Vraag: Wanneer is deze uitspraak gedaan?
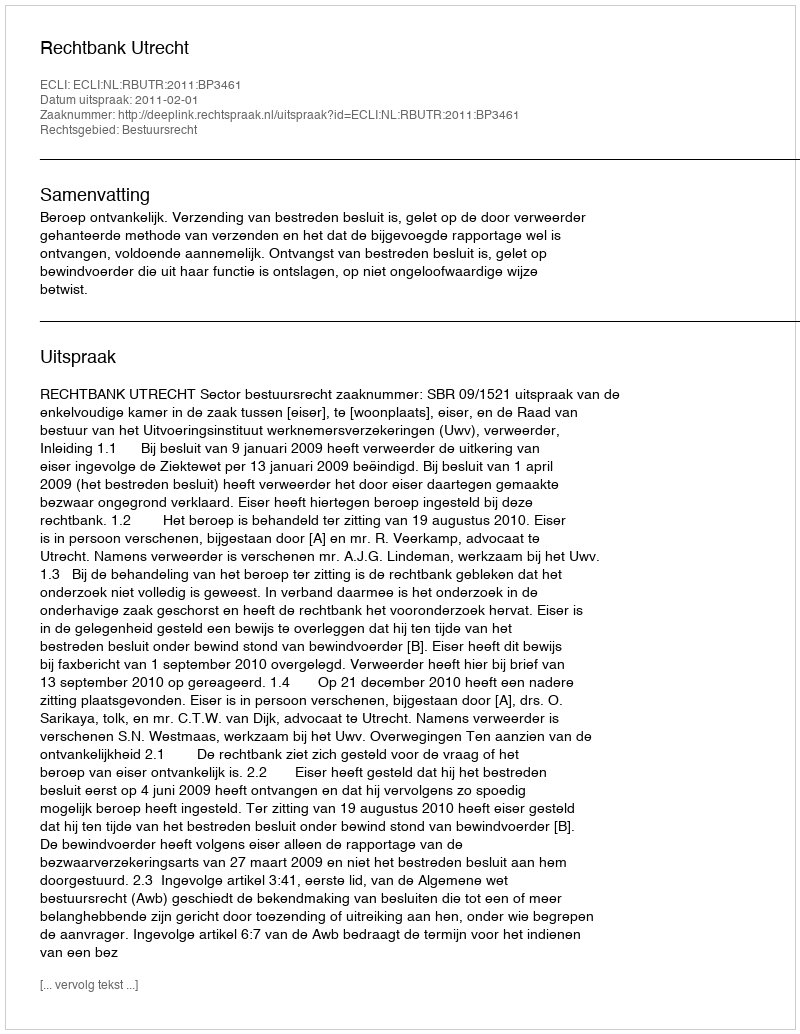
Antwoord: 2011-02-01